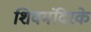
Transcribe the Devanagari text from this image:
शिवमंदिरके